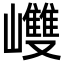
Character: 𡾼